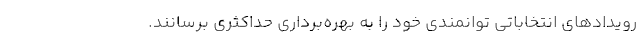
رویدادهای انتخاباتی توانمندی خود را به بهره‌برداری حداکثری برسانند.